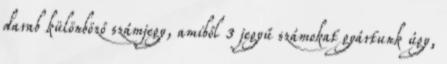
darab különböző számjegy, amiből 3 jegyű számokat gyártunk úgy,